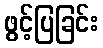
ဖွင့်ပြခြင်း